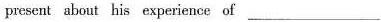
present about his experience of ___